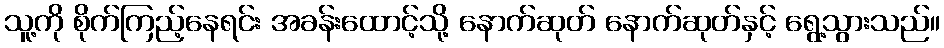
သူ့ကို စိုက်ကြည့်နေရင်း အခန်းထောင့်သို့ နောက်ဆုတ် နောက်ဆုတ်နှင့် ရွေ့သွားသည်။